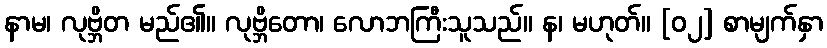
နာမ၊ လုဗ္ဘိတ မည်၏။ လုဗ္ဘိတော၊ လောဘကြီးသူသည်။ န၊ မဟုတ်။ [၀၂] စာမျက်နှာ